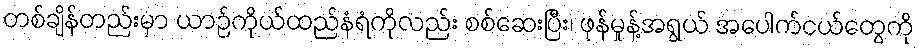
တစ်ချိန်တည်းမှာ ယာဉ်ကိုယ်ထည်နံရံကိုလည်း စစ်ဆေးပြီး၊ ဖုန်မှုန့်အရွယ် အပေါက်ငယ်တွေကို